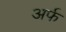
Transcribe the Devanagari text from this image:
अर्फ